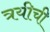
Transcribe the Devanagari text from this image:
त्रयीची